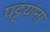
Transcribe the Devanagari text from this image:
पट्टयांना